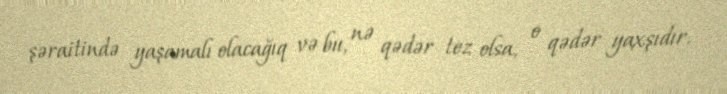
şəraitində yaşamalı olacağıq və bu, nə qədər tez olsa, o qədər yaxşıdır.